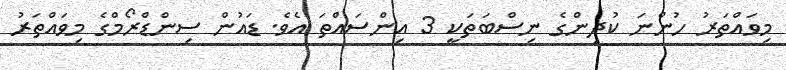
މިވައްތަރު ހުންނަ ކުދިންގެ ނިސްބަތަކީ 3 އިންސައްތަ އެވެ. ޑައުން ސިންޑްރޯމްގެ މިވައްތަރު